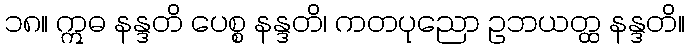
၁၈။ ဣဓ နန္ဒတိ ပေစ္စ နန္ဒတိ၊ ကတပုညော ဥဘယတ္ထ နန္ဒတိ။